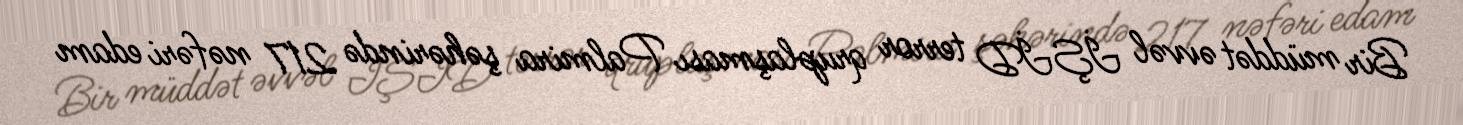
Bir müddət əvvəl İŞİD terror qruplaşması Palmira şəhərində 217 nəfəri edam